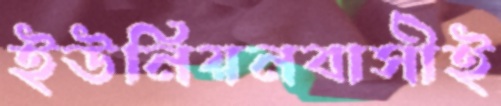
ইউনিয়নবাসীই